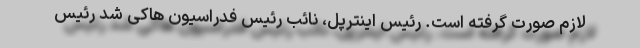
لازم صورت گرفته است. رئیس اینترپل، نائب رئیس فدراسیون هاکی شد رئیس